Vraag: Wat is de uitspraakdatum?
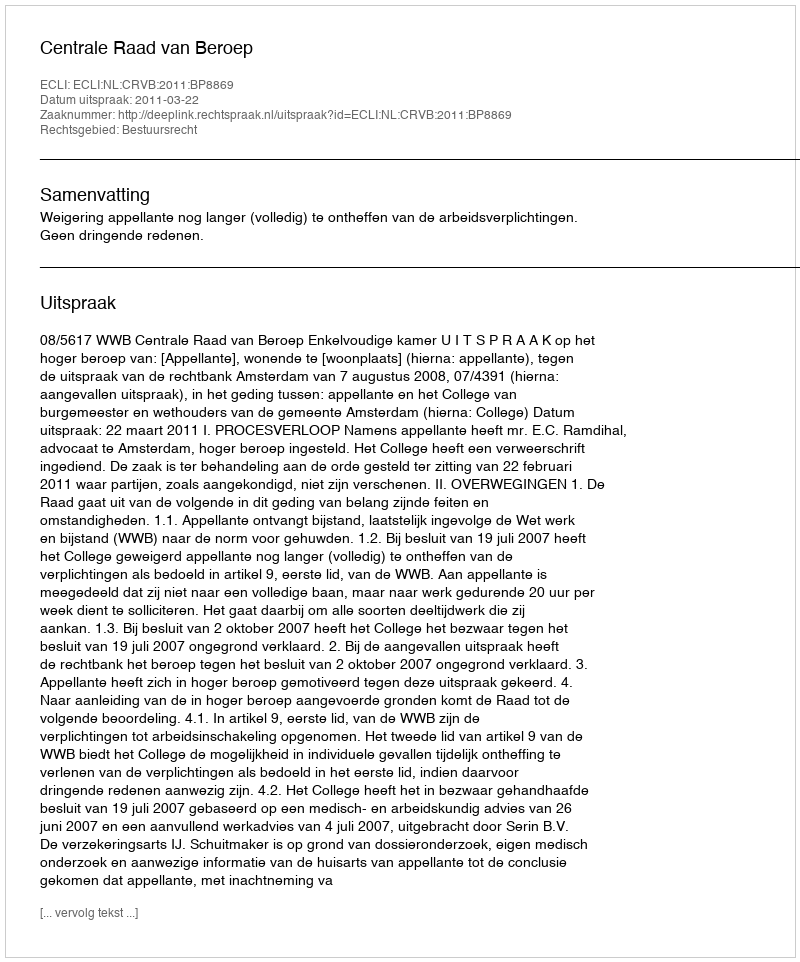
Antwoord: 2011-03-22